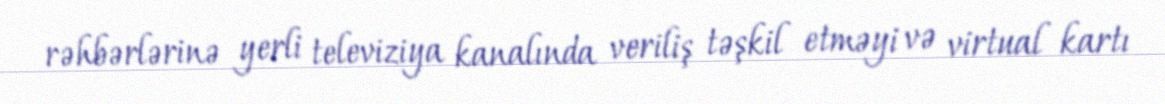
rəhbərlərinə yerli televiziya kanalında veriliş təşkil etməyi və virtual kartı